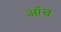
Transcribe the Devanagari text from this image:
ऑच